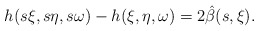
\begin{align*} h(s \xi,s \eta,s \omega)-h(\xi,\eta,\omega)=2\hat\beta(s,\xi).\end{align*}